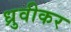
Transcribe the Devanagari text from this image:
ध्रुवीकर